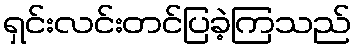
ရှင်းလင်းတင်ပြခဲ့ကြသည်